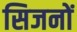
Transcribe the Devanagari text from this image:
सिजनों